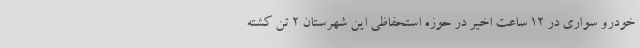
خودرو سواری در ۱۲ ساعت اخیر در حوزه استحفاظی این شهرستان ۲ تن کشته